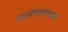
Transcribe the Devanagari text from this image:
कामलता